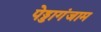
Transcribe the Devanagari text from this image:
पेड्डागंजाम